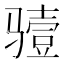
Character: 𮹏